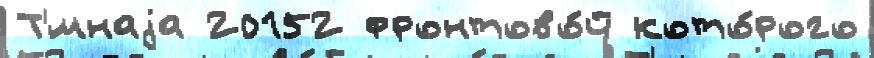
Т'́мнаjа 20152 фронтово́й кото́рого